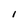
Character: I